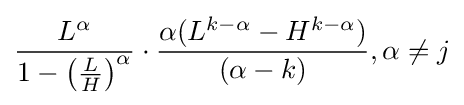
{\frac {L^{\alpha }}{1-\left({\frac {L}{H}}\right)^{\alpha }}}\cdot {\frac {\alpha (L^{k-\alpha }-H^{k-\alpha })}{(\alpha -k)}},\alpha \neq j